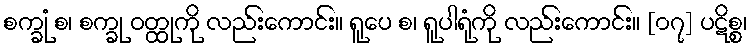
စက္ခုံ စ၊ စက္ခု ဝတ္ထုကို လည်းကောင်း။ ရူပေ စ၊ ရူပါရုံကို လည်းကောင်း။ [၀၇] ပဋိစ္စ၊